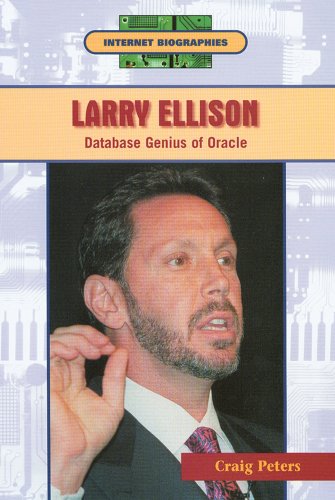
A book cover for Larry Ellison: Database Genius of Oracle (Internet Biographies); Craig Peters; Children's Books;